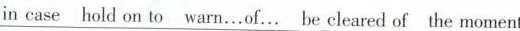
in case hold on to warn…of… be cleared of the moment